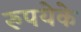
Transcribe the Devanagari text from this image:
रुपयेके